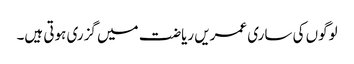
لوگوں کی ساری عمریں ریاضت میں گزری ہوتی ہیں۔